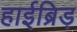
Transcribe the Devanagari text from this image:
हाईब्रिड़